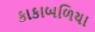
કાકાબળિયા